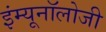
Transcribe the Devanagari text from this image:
इंम्यूनॉलोजी